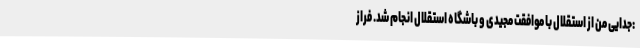
:جدایی من از استقلال با موافقت مجیدی و باشگاه استقلال انجام شد. فراز